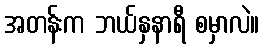
အတန်းက ဘယ်နှနာရီ စမှာလဲ။